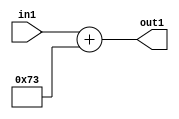
`timescale 1ps / 1ps
/*****************************************************************************
    Verilog RTL Description
    
    
    Created by: Stratus DpOpt 2019.1.01 
*******************************************************************************/

module DC_Filter_Add_12U_230_1 (
	in1,
	out1
	); /* architecture "behavioural" */ 
input [11:0] in1;
output [11:0] out1;
wire [11:0] asc001;

assign asc001 = 
	+(in1)
	+(12'B000001110011);

assign out1 = asc001;
endmodule

/* CADENCE  urj3SQw= : u9/ySgnWtBlWxVPRXgAZ4Og= ** DO NOT EDIT THIS LINE ******/